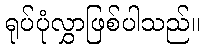
ရုပ်ပုံလွှာဖြစ်ပါသည်။